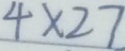
4 \times 2 7